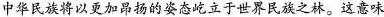
中华民族将以更加昂扬的姿态屹立于世界民族之林。这意味